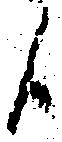
候